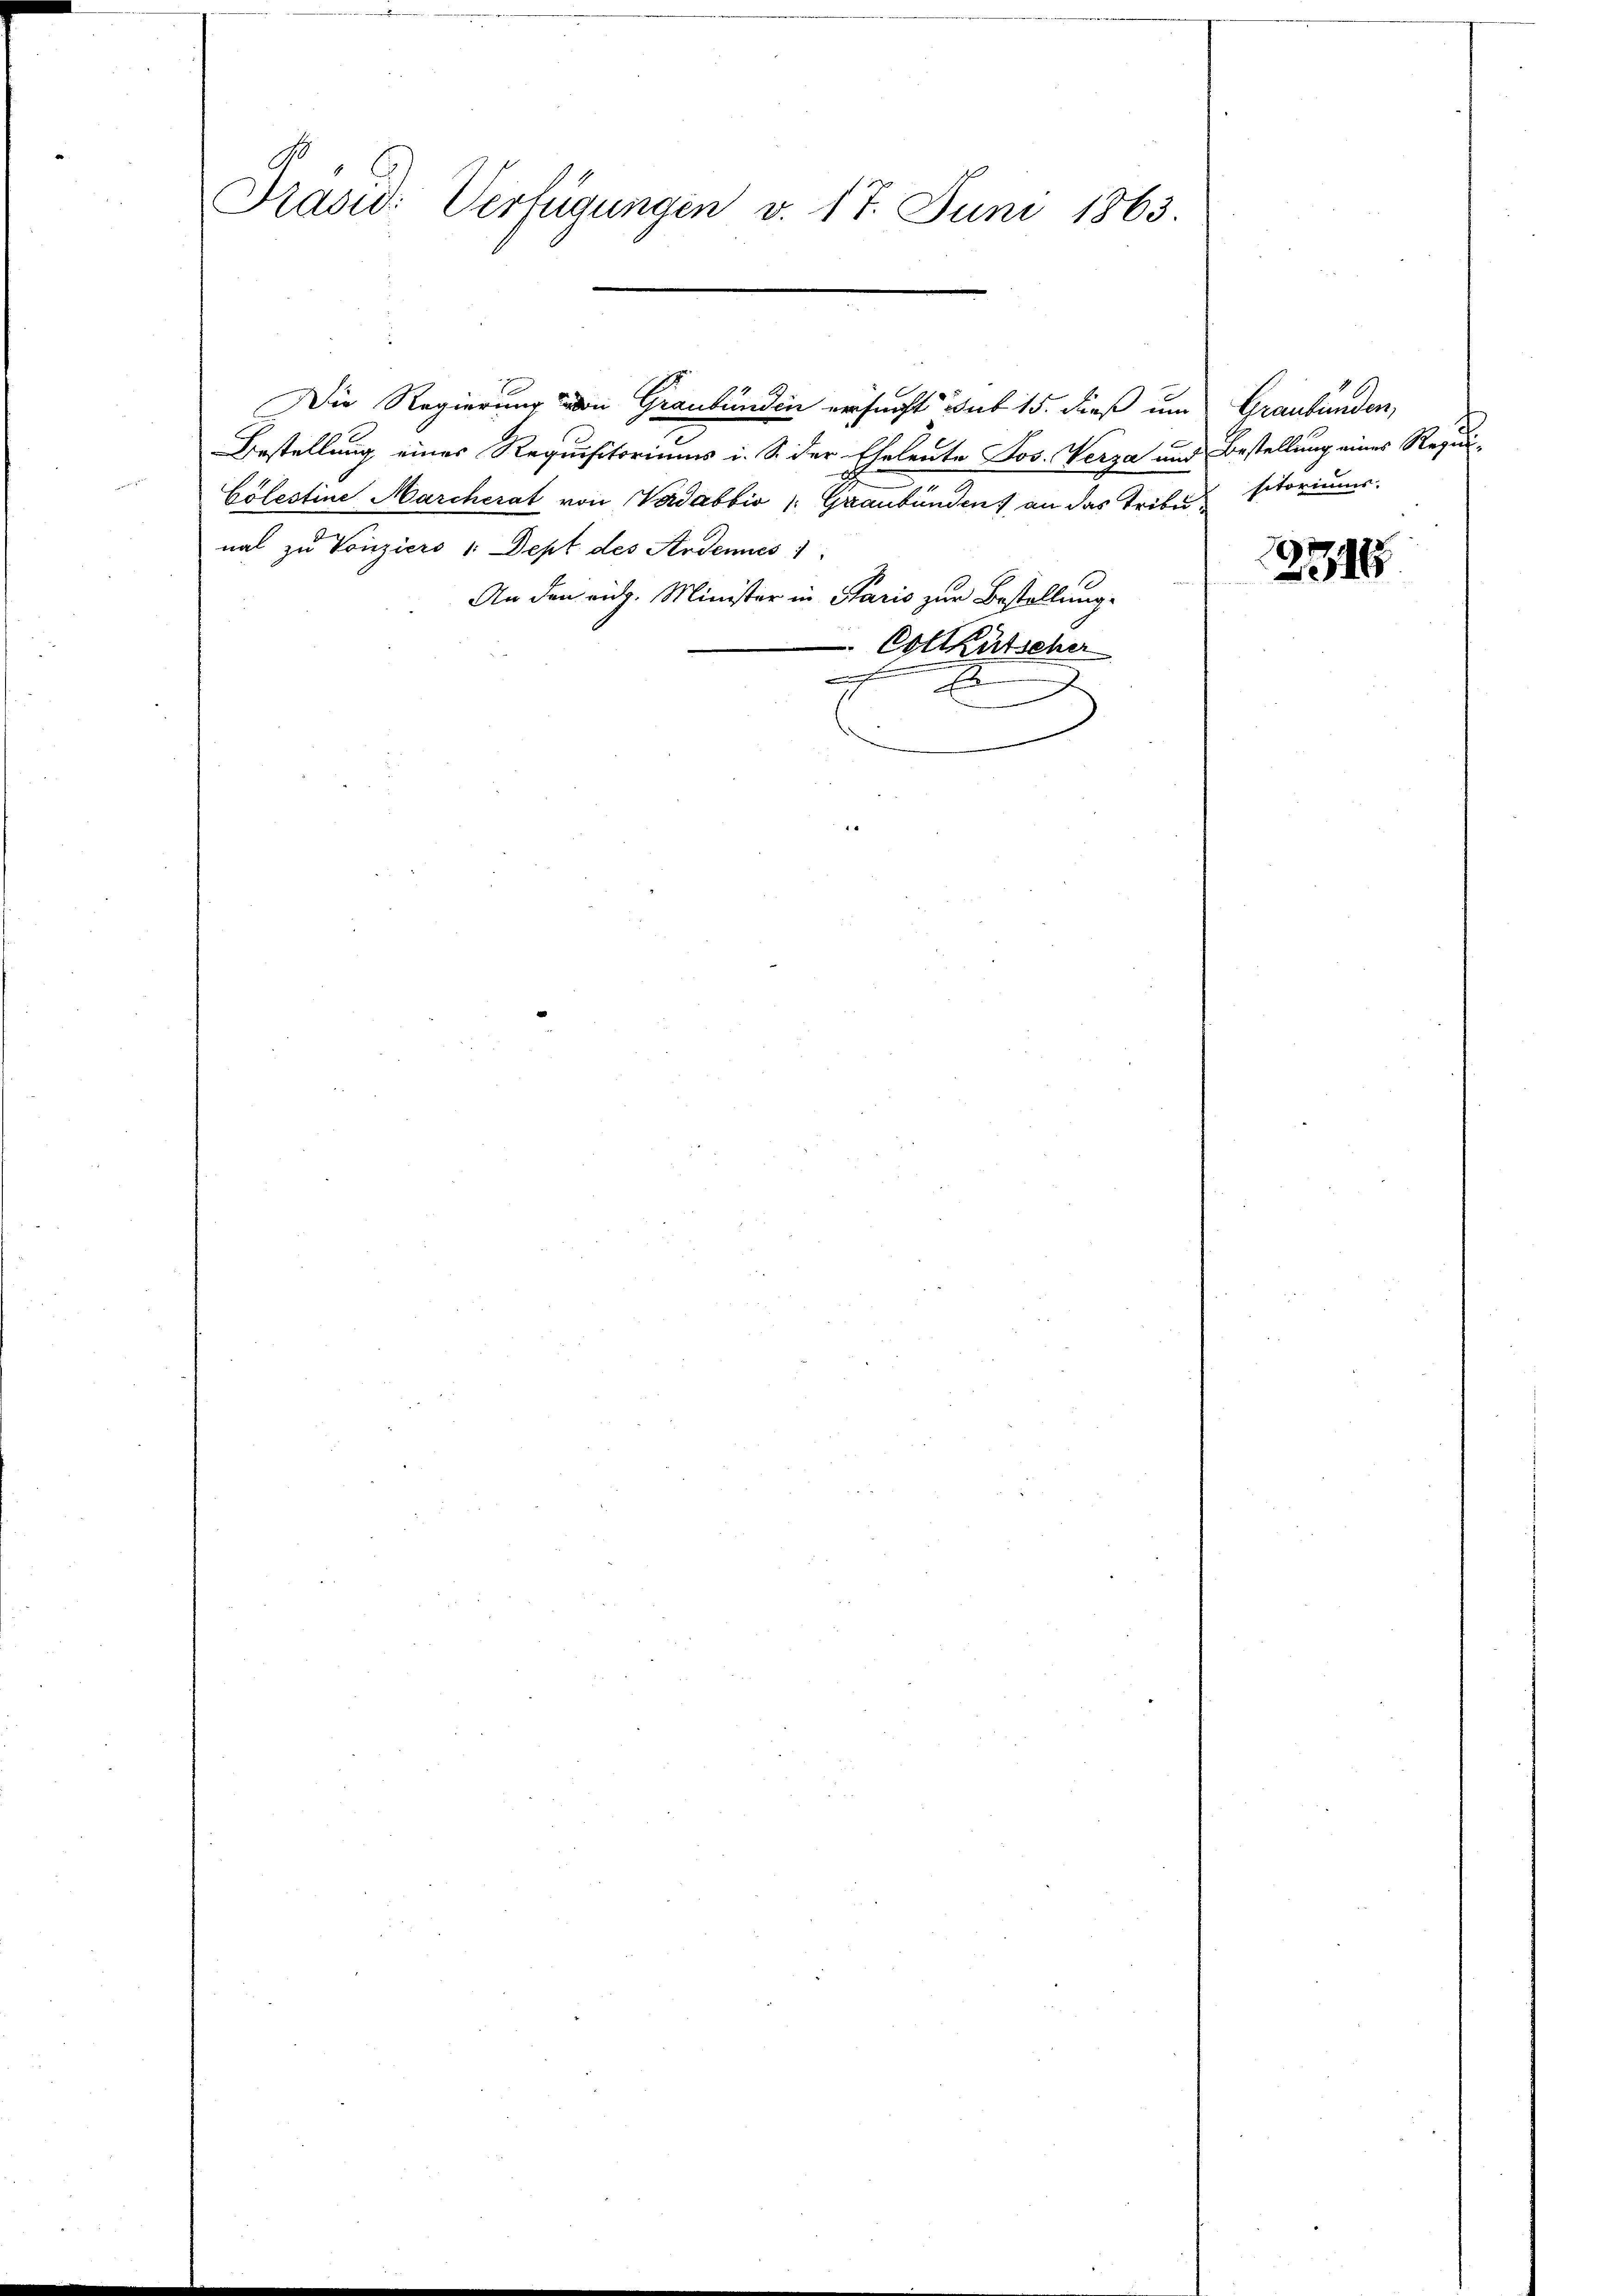
Prasid: Verfügungen v. 17. Juni 1863.

Bestellung eines Requisitoriums i. S. der Eheleute Jos. Verza und Bestellung eines Requi¬
Colestine Marcherat von Vadabbio Graubünden) an das Tribusitoriums
nal zu Vonziers 1. Dept des Andenes 1
An den eidg. Minister in Paris zur Bestellung
Cottkutscher
e
A
s

Die Regierung von Graubünden ersucht sub 15. dieß um Graubünden,

2718